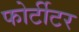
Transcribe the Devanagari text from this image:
फोर्टीटर